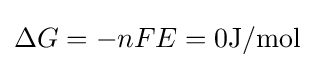
\Delta G=-nFE=0\mathrm {J/mol}